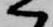
へ